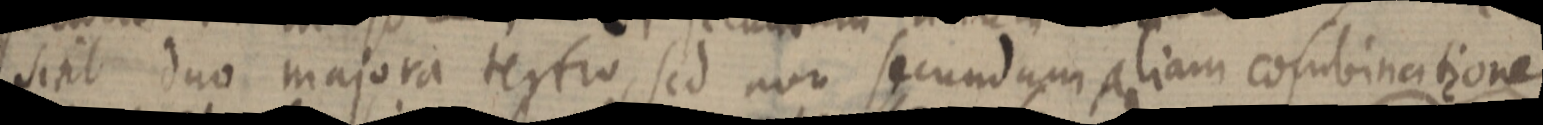
sint duo majora tertio, sed non secundum aliam combinatione